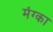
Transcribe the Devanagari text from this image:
मंग्का